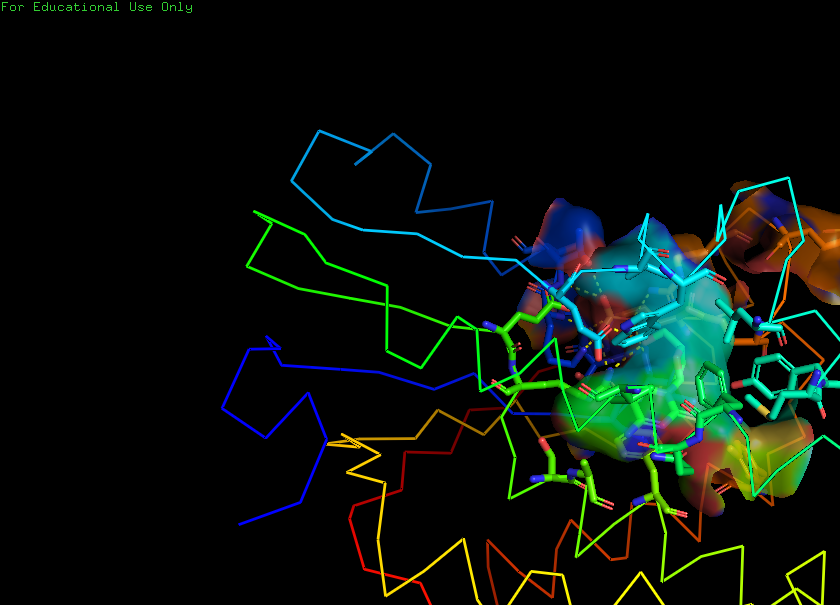
pymol, preset, ligand_sites_trans